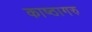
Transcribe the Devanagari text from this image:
काष्ठागरु